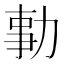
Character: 𠡯